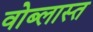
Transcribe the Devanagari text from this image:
वोब्लास्त